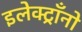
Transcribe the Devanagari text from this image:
इलेक्ट्राँनो